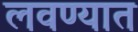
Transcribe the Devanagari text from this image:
लवण्यात